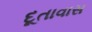
દૂતાવાસ